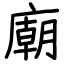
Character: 廟